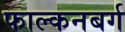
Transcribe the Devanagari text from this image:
फाल्कनबर्ग